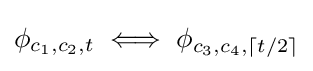
\phi _{c_{1},c_{2},t}\iff \phi _{c_{3},c_{4},\lceil t/2\rceil }